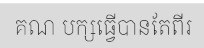
គណ បក្សធ្វើបានតែពីរ